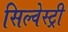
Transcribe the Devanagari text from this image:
सिल्वेस्ट्री